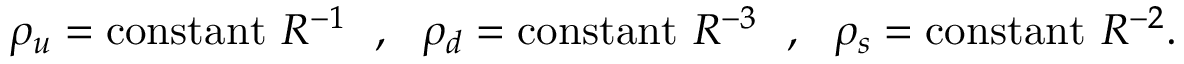
\rho _ { u } = \mathrm { c o n s t a n t ~ } R ^ { - 1 } ~ ~ , ~ ~ \rho _ { d } = \mathrm { c o n s t a n t ~ } R ^ { - 3 } ~ ~ , ~ ~ \rho _ { s } = \mathrm { c o n s t a n t ~ } R ^ { - 2 } .